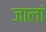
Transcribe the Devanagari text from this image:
जालां